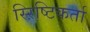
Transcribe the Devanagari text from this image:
स्ऱिष्टिकर्ता